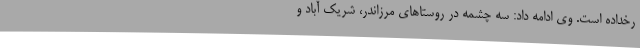
رخداده است. وی ادامه داد: سه چشمه در روستاهای مرزاندر، شریک آباد و